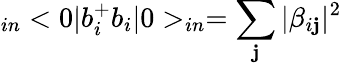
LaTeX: _{in}<0|b_{i}^{+}b_{i}|0>_{in}=\sum_{\mathbf{j}}|\beta_{i\mathbf{j}}|^{2}